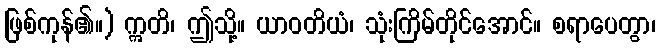
ဖြစ်ကုန်၏။) ဣတိ၊ ဤသို့။ ယာဝတိယံ၊ သုံးကြိမ်တိုင်အောင်။ စရာပေတွာ၊